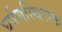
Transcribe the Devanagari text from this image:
घर्षणस्थिरांक